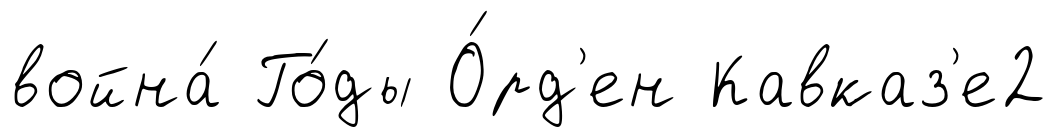
война́ Го́ды О́рд'ен Кавказ'е2